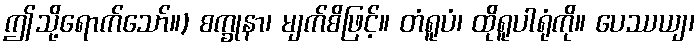
ဤသို့ရောက်သော်။) စက္ခုနာ၊ မျက်စိဖြင့်။ တံရူပံ၊ ထိုရူပါရုံကို။ ပေဿယျ၊